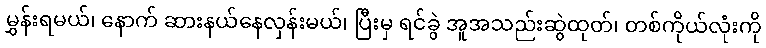
မွှန်းရမယ်၊ နောက် ဆားနယ်နေလှန်းမယ်၊ ပြီးမှ ရင်ခွဲ အူအသည်းဆွဲထုတ်၊ တစ်ကိုယ်လုံးကို